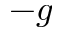
- g